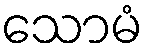
သောမံ